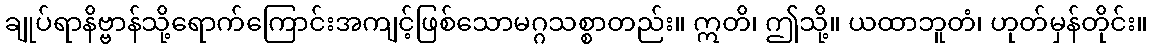
ချုပ်ရာနိဗ္ဗာန်သို့ရောက်ကြောင်းအကျင့်ဖြစ်သောမဂ္ဂသစ္စာတည်း။ ဣတိ၊ ဤသို့။ ယထာဘူတံ၊ ဟုတ်မှန်တိုင်း။